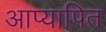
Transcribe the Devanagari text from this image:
आप्यापित